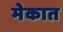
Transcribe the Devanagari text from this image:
मेकात